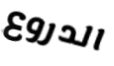
الدروع